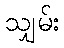
သျှမ်း